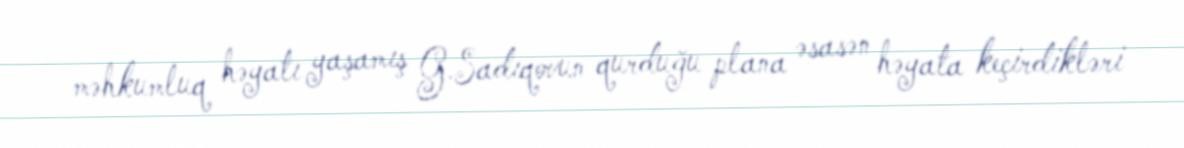
məhkumluq həyatı yaşamış G.Sadıqovun qurduğu plana əsasən həyata keçirdikləri